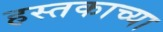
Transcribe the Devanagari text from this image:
हस्तकाच्या